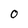
Character: 0